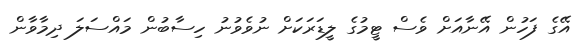
އޭގެ ފަހުން އޭނާއަށް ވެސް ޓީމުގެ ލީޑަރަކަށް ނުވެވުނު ހިސާބުން މައްސަލަ ދިމާވާން